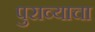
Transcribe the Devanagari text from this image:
पुराव्याचा